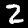
Digit: 2